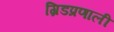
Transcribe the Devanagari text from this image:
ग्रिडप्रणाली